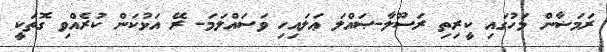
ރަމަޟާން މަހުގައި ކީރިތި ރަސޫލާ-ޞައްލަ ޢަލައިހި ވަސައްލަމަ- ރޭ އަޅުކަން ކުރެއްވި ގޮތަކީ